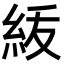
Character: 𥿈